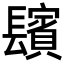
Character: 𨲺